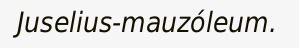
Juselius-mauzóleum.